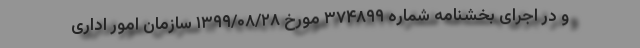
و در اجرای بخشنامه شماره ۳۷۴۸۹۹ مورخ ۱۳۹۹/۰۸/۲۸ سازمان امور اداری